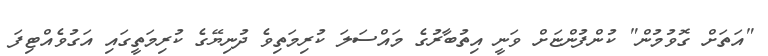
"އަތަށް ގޮވުމުން" ކުންފުންޏަށް ވަނީ އިތުބާރުގެ މައްސަލަ ކުރިމަތިވެ ދުނިޔޭގެ ކުރިމަތީގައި އަގުވެއްޓިފަ